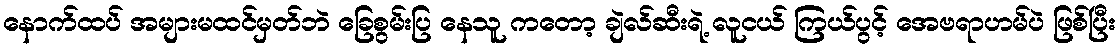
နောက်ထပ် အများမထင်မှတ်ဘဲ ခြေစွမ်းပြ နေသူ ကတော့ ချဲလ်ဆီးရဲ့ လူငယ် ကြယ်ပွင့် အေဗရာဟမ်ပဲ ဖြစ်ပြီး